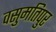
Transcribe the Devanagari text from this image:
वसुमतिपुर